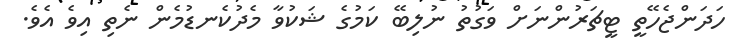
ހަދަންޖެހޭތީ ޓީޗަރުންނަށް ވަގުތު ނުލިބޭ ކަމުގެ ޝަކުވާ މެދުކެނޑުމެން ނެތި އިވެ އެވެ.